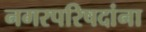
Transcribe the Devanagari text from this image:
नगरपरिषदांना